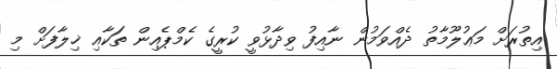
އިތުރަށް މަޢުލޫމާތު ދެއްވަމުން ނާއިފު ވިދާޅުވީ ކުރީގެ ކެމްޕެއިން ތަކާއި ޚިލާފަށް މި